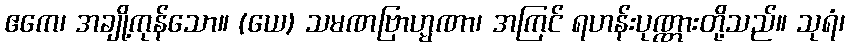
ဧကေ၊ အချို့ကုန်သော။ (ယေ) သမဏဗြာဟ္မဏာ၊ အကြင် ရဟန်းပုဏ္ဏားတို့သည်။ သုရံ၊